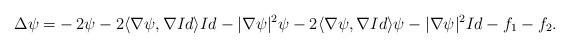
LaTeX: \begin{align*} \Delta \psi=& -2 \psi-2 \langle \nabla \psi, \nabla Id \rangle Id - |\nabla \psi|^2 \psi-2\langle\nabla \psi ,\nabla Id \rangle \psi - |\nabla \psi|^2 Id - f_1 - f_2. \end{align*}